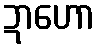
ဍာဟော